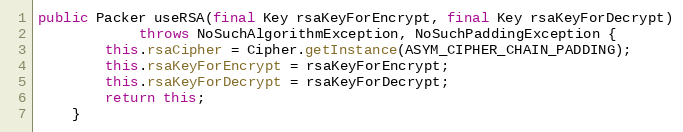
Language: Java
public Packer useRSA(final Key rsaKeyForEncrypt, final Key rsaKeyForDecrypt)
			throws NoSuchAlgorithmException, NoSuchPaddingException {
		this.rsaCipher = Cipher.getInstance(ASYM_CIPHER_CHAIN_PADDING);
		this.rsaKeyForEncrypt = rsaKeyForEncrypt;
		this.rsaKeyForDecrypt = rsaKeyForDecrypt;
		return this;
	}